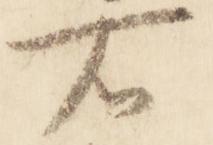
右